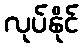
လုပ်နိုင်